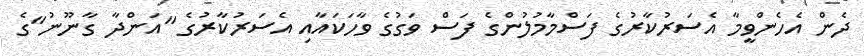
ދެން އެހެންވީމާ އެސަރުކާރުގެ ފަސްމާމުލުންގެ ފަސް ވަގުގެ ވާހަކައާއި އެސަރުކާރުގެ "އަންދާ ގާނޫނު"ގެ